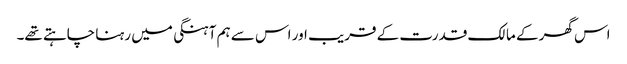
اس گھر کے مالک قدرت کے قریب اور اس سے ہم آہنگی میں رہنا چاہتے تھے۔